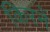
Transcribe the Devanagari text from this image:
किरनें